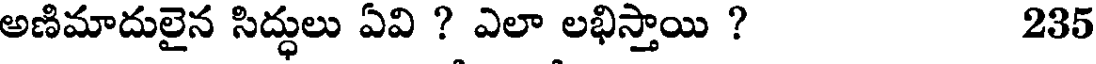
అణిమాదులైన సిద్ధులు ఏవి ? ఎలా లభిస్తాయి ? 235